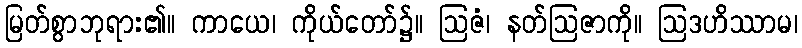
မြတ်စွာဘုရား၏။ ကာယေ၊ ကိုယ်တော်၌။ ဩဇံ၊ နတ်ဩဇာကို။ ဩဒဟိဿာမ၊